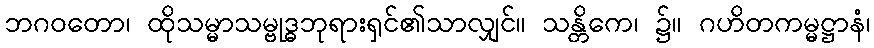
ဘဂဝတော၊ ထိုသမ္မာသမ္ဗုဒ္ဓဘုရားရှင်၏သာလျှင်။ သန္တိကေ၊ ၌။ ဂဟိတကမ္မဋ္ဌာနံ၊